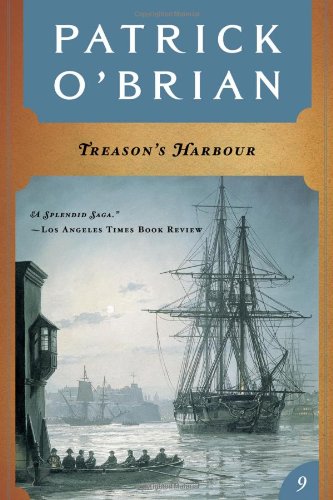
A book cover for Treason's Harbour (Vol. Book 9)  (Aubrey/Maturin Novels); Patrick O'Brian; Literature & Fiction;